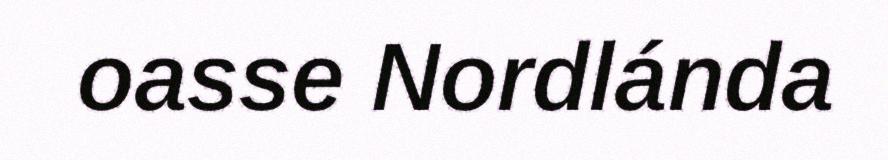
oasse Nordlánda